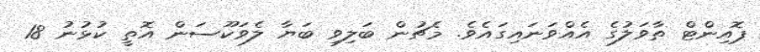
ޕޮއިންޓް ތާވަލުގެ އެއްވަނައިގައެވެ. މެޗުން ބަލިވި ބަޔާ ލެވަކޫސަން އޮތީ ކުޅުނު 18